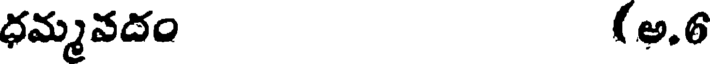
ధమ్మవదం (అ.6